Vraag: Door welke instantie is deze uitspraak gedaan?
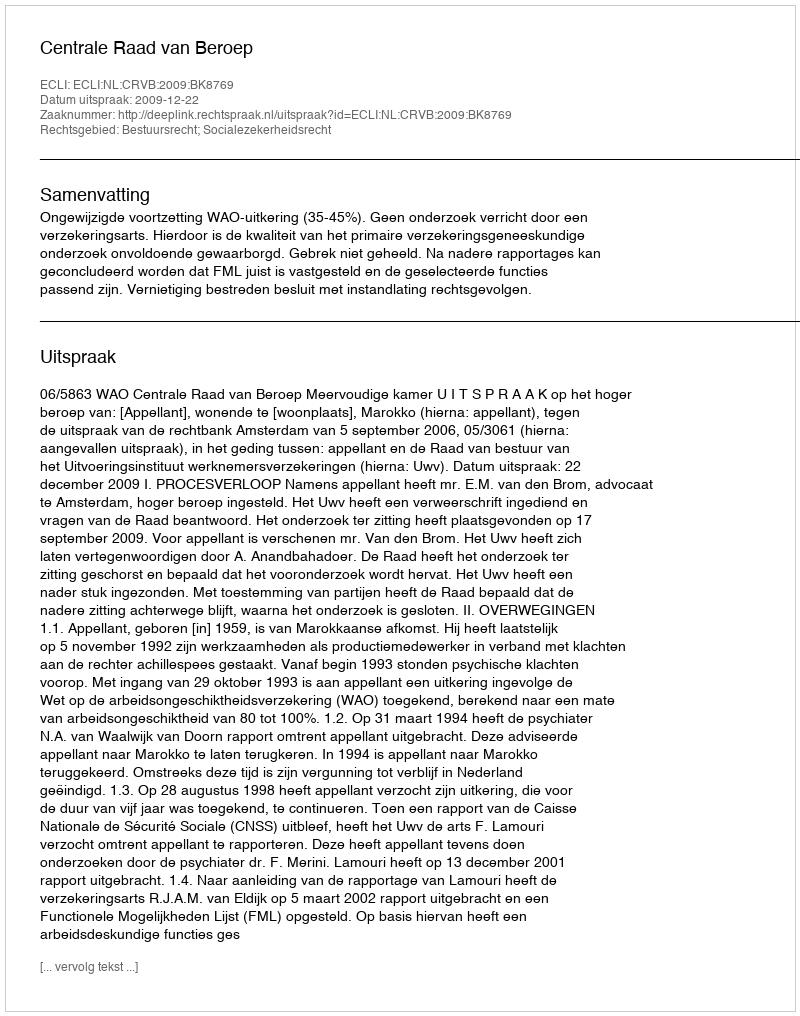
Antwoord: Centrale Raad van Beroep